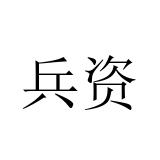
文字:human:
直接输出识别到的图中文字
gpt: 兵资